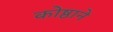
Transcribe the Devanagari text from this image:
कोष्ठाने